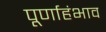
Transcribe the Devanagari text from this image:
पूर्णाहंभाव